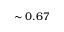
\sim 0 . 6 7